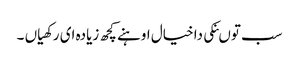
سب توںنکی دا خیال اوہنے کچھ زیادہ ای رکھیاں ۔